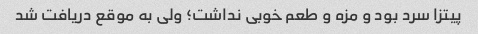
پیتزا سرد بود و مزه و طعم خوبی نداشت؛ ولی به موقع دریافت شد